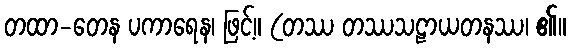
တထာ-တေန ပကာရေန၊ ဖြင့်။ (တဿ တဿသဠာယတနဿ၊ ၏။